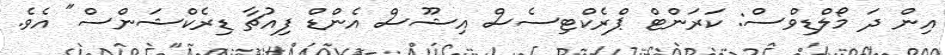
އިން ދަ މޯލްޑިވްސް: ކަރަންޓް ޕްރެކްޓިސެސް އިޝޫސް އެންޑް ފިއުޗާ ޑިރެކްޝަންސް" އެވެ.